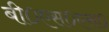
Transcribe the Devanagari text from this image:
बी०एस०एस०